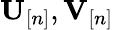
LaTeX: {\mathbf U}_{[n]},{\mathbf V}_{[n]}